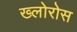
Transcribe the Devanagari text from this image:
ख्लोरोस